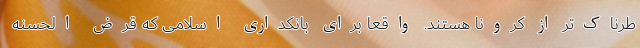
طرناک‌تر از کرونا هستند. واقعا برای بانکداری اسلامی که قرض الحسنه